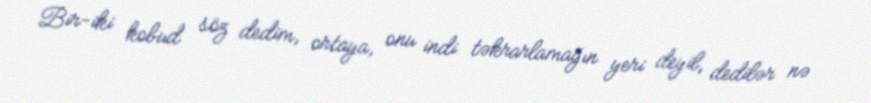
Bir-iki kobud söz dedim, ortaya, onu indi təkrarlamağın yeri deyil, dedilər nə